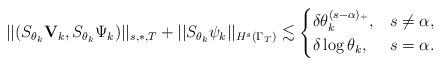
LaTeX: \begin{align*}||(S_{\theta_k}{\mathbf V}_k,S_{\theta_k}\Psi_k)||_{s,\ast,T}+||S_{\theta_k}\psi_k||_{H^s(\Gamma_T)}\lesssim\begin{cases}\delta \theta^{(s-\alpha)_+}_k, & s\neq\alpha,\\\delta \log\theta_k, & s=\alpha.\\\end{cases}\end{align*}